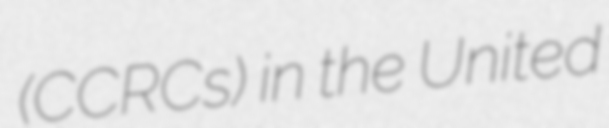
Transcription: (CCRCs) in the United